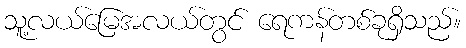
သူ့လယ်မြေအလယ်တွင် ရေကန်တစ်ခုရှိသည်။